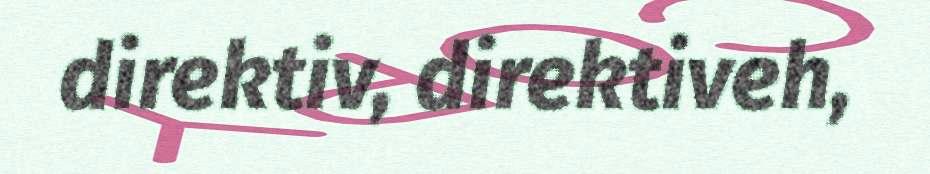
direktiv, direktiveh,